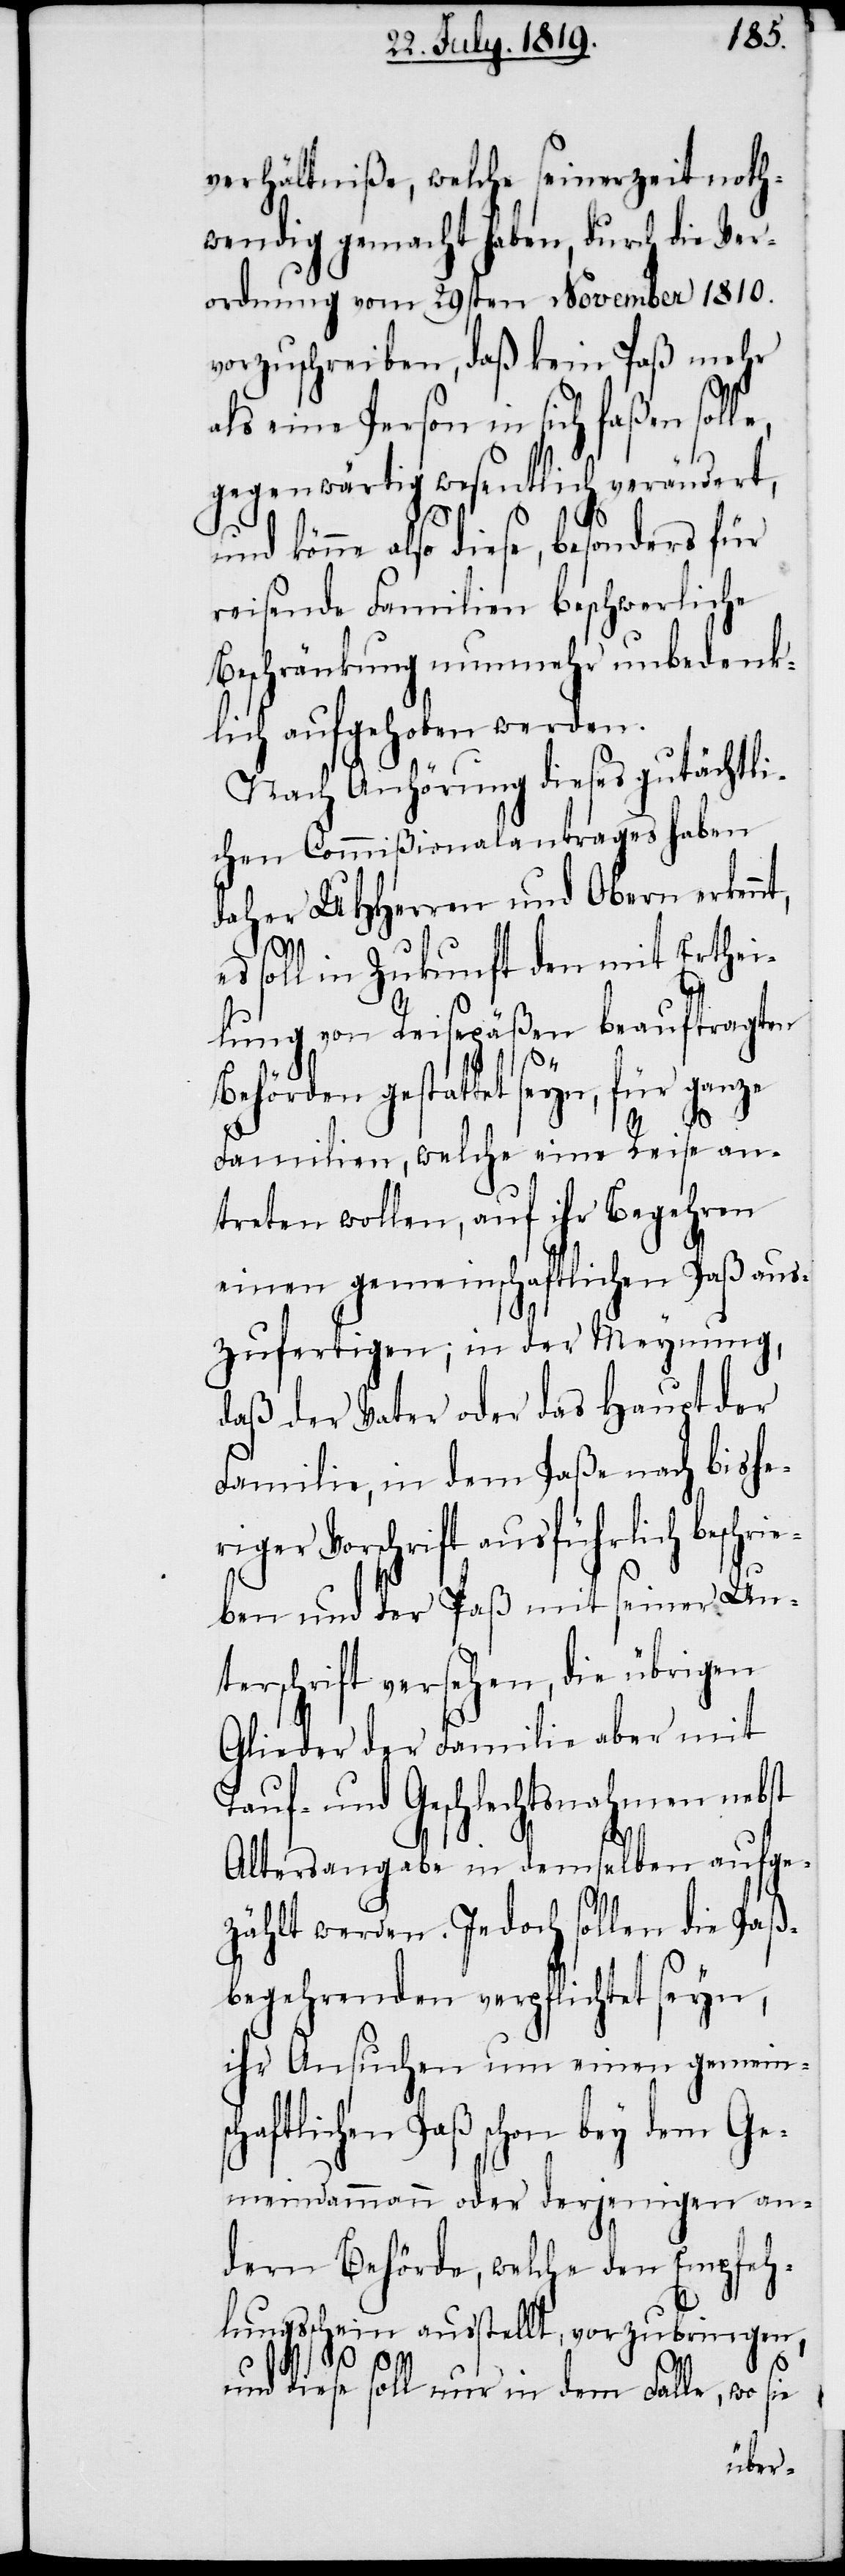
verhältniße, welche seinerzeit noth¬
wendig gemacht haben, durch die Ver¬
ordnung vom 29ten November 1810.
vorzuschreiben, daß kein Paß mehr
als eine Person in sich faßen soll¬
gegenwärtig wesentlich verändert,
und könne also diese, besonders für
reisende Familien beschwerliche
Beschränkung nunmehr ubedenk¬
lich aufgehoben werden.
Nach Anhörung dieses gutächtli¬
chen Commißionalantrages haben
daher UHHerren und Obern erken¬
soll in Zukunft den mit Erthei¬
lung von Reisepäßen beauftragten
Behörden gestattet seyn, für ganze
Familien, welche eine Reise an¬
treten wollen, auf ihr Begehren
einen gemeinschaftlichen Paß aus¬
zufertigen, in der Meynuing,
daß der Vater oder das Haupt der
Familie, in dem Paße nach bishe¬
riger Vorschrift ausführlich beschr¬
ben und der Paß mit seiner Un¬
terschrift versehen, die übrigen
Glieder der Familie aber mit
Tauf und Geschlechtsnahmen nebst
sch¬
Altersangabe in dem selben
zählt werden. Jedoch sollen die Paß¬
begehrenden verpflichtet seyn,
ihr Ansuchen um einen gemein¬
aftlichen Paß schon bey dem Ge¬
meindammann oder derjenigen an¬
dern Behörde, welche den Empfeh¬
lungsschein ausstellt, vorzubringen,
und diese soll nur in dem Falle, wo sie